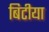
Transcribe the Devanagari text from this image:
बिटीया